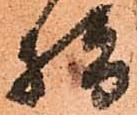
指